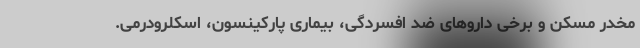
مخدر مسکن و برخی داروهای ضد افسردگی، بیماری پارکینسون، اسکلرودرمی.